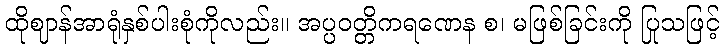
ထိုဈာန်အာရုံနှစ်ပါးစုံကိုလည်း။ အပ္ပဝတ္တိကရဏေန စ၊ မဖြစ်ခြင်းကို ပြုသဖြင့်